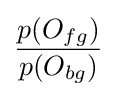
{\frac {p(O_{fg})}{p(O_{bg})}}